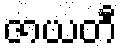
ဇာယတီ